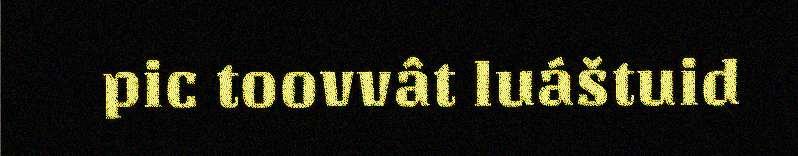
pic toovvât luáštuid